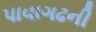
પાવાગઢની